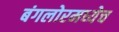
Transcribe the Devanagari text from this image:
बंगलोरमध्येच